Mental hospitals Bombay report 1921-28 - 1921-1928
Year: 1921
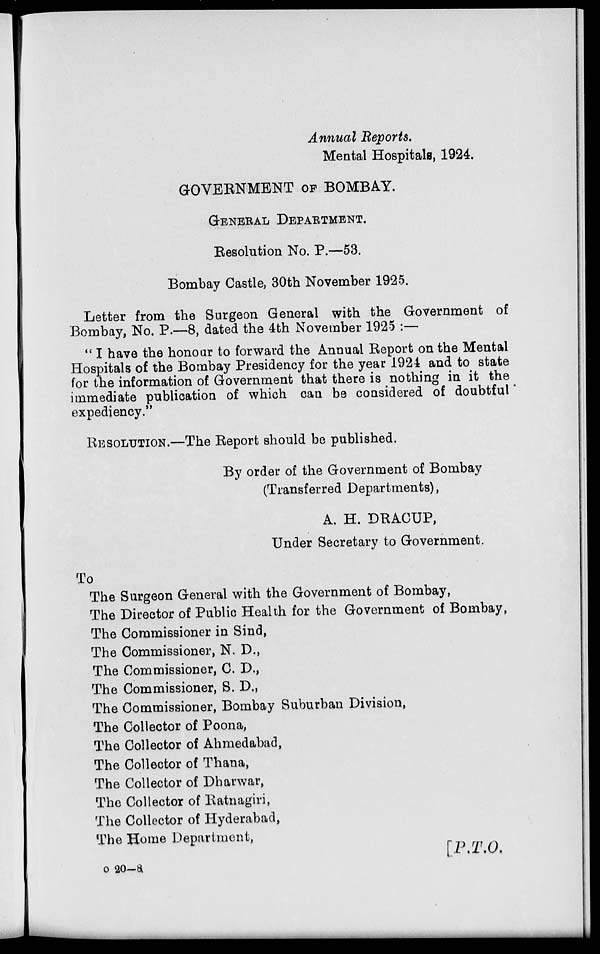
Annual Reports.
Mental Hospitals, 1924.
GOVERNMENT OF BOMBAY.
GENERAL DEPARTMENT.
Resolution No. P.—53.
Bombay Castle, 30th November 1925.
Letter from the Surgeon General with the Government of
Bombay, No. P.—8, dated the 4th November 1925 :—
" I have the honour to forward the Annual Report on the Mental
Hospitals of the Bombay Presidency for the year 1924 and to state
for the information of Government that there is nothing in it the
immediate publication of which can be considered of doubtful
expediency."
RESOLUTION.—The Report should be published.
By order of the Government of Bombay
(Transferred Departments),
A. H. DRACUP,
Under Secretary to Government.
To
The Surgeon General with the Government of Bombay,
The Director of Public Health for the Government of Bombay,
The Commissioner in Sind,
The Commissioner, N. D.,
The Commissioner, C. D.,
The Commissioner, S. D.,
The Commissioner, Bombay Suburban Division,
The Collector of Poona,
The Collector of Ahmedabad,
The Collector of Thana,
The Collector of Dharwar,
The Collector of Ratnagiri,
The Collector of Hyderabad,
The Home Department,
[P.T.O.
o 20-8